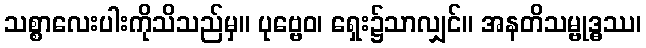
သစ္စာလေးပါးကိုသိသည်မှ။ ပုဗ္ဗေဝ၊ ရှေး၌သာလျှင်။ အနတိသမ္ဗုဒ္ဓဿ၊